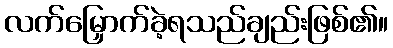
လက်မြှောက်ခဲ့ရသည်ချည်းဖြစ်၏။